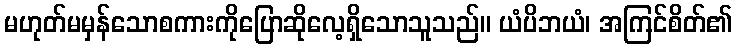
မဟုတ်မမှန်သောစကားကိုပြောဆိုလေ့ရှိသောသူသည်။ ယံပိဘယံ၊ အကြင်စိတ်၏